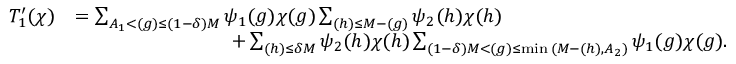
\begin{array} { r l } { T _ { 1 } ^ { \prime } ( \chi ) } & { = \sum _ { A _ { 1 } < \d ( g ) \leq ( 1 - \delta ) M } \psi _ { 1 } ( g ) \chi ( g ) \sum _ { \d ( h ) \leq M - \d ( g ) } \psi _ { 2 } ( h ) \chi ( h ) } \\ & { \qquad \qquad \qquad \qquad + \sum _ { \d ( h ) \leq \delta M } \psi _ { 2 } ( h ) \chi ( h ) \sum _ { ( 1 - \delta ) M < \d ( g ) \leq \operatorname* { m i n } { ( M - \d ( h ) , A _ { 2 } ) } } \psi _ { 1 } ( g ) \chi ( g ) . } \end{array}